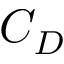
C _ { D }